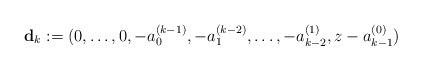
LaTeX: \begin{align*}\mathbf{d}_{k}:=(0,\ldots,0,-a_{0}^{(k-1)},-a_{1}^{(k-2)},\ldots,-a_{k-2}^{(1)},z-a_{k-1}^{(0)})\end{align*}